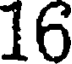
16